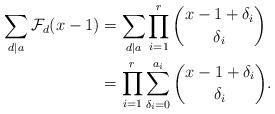
LaTeX: \begin{align*} \sum_{d \mid a} \mathcal{F}_d(x - 1) &= \sum_{d \mid a} \prod_{i = 1}^r \binom{x - 1 + \delta_i}{\delta_i}\\ &= \prod_{i = 1}^r \sum_{\delta_i = 0}^{a_i} \binom{x - 1 + \delta_i}{\delta_i}. \end{align*}